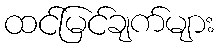
ထင်မြင်ချက်များ